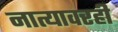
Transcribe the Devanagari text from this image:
नात्यावरही